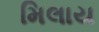
મિલાય